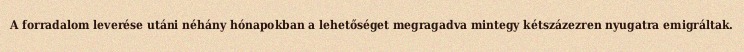
A forradalom leverése utáni néhány hónapokban a lehetőséget megragadva mintegy kétszázezren nyugatra emigráltak.